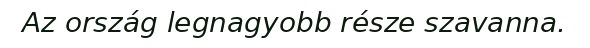
Az ország legnagyobb része szavanna.